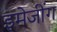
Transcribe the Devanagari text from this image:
इमेजींग